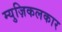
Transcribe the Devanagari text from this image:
म्युज़िकलकार